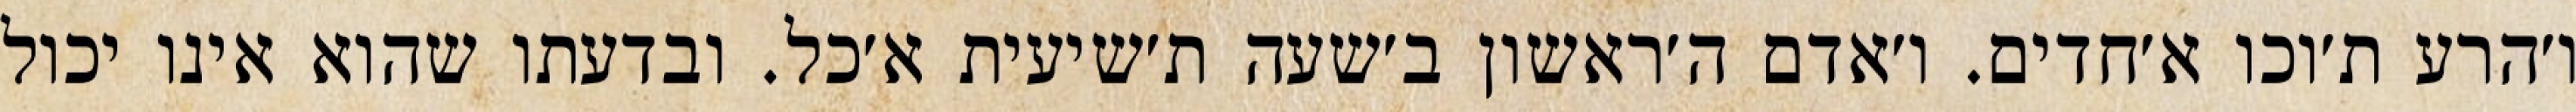
ו׳הרע ת׳וכו א׳חדים. ו׳אדם ה׳ראשון ב׳שעה ת׳שיעית א׳כל. ובדעתו שהוא אינו יכול